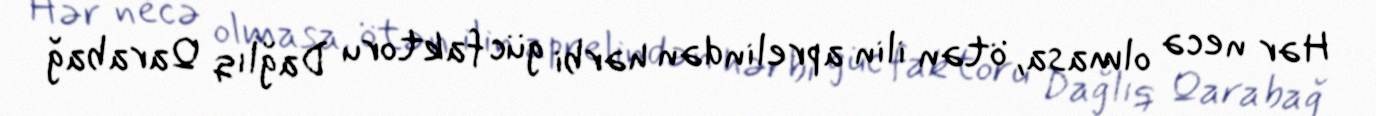
Hər necə olmasa, ötən ilin aprelindən hərbi güc faktoru Dağlıq Qarabağ